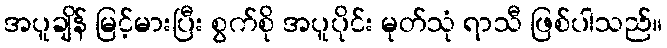
အပူချိန် မြင့်မားပြီး စွက်စို အပူပိုင်း မုတ်သုံ ရာသီ ဖြစ်ပါသည်။